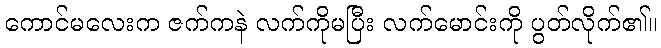
ကောင်မလေးက ဇက်ကနဲ လက်ကိုမပြီး လက်မောင်းကို ပွတ်လိုက်၏။